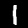
Digit: 1